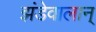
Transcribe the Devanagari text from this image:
झंडेवालान्